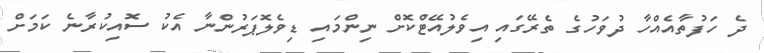
ދެ ހަފުތާއެއްހާ ދުވަހުގެ ތެރޭގައި އިވެލުއޭޓްކޮށް ނިންމައި ޑިވެލޮޕަރުންނާ އެކު ސޮއިކުރާނެ ކަމަށް